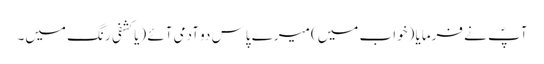
آپؐ نے فرمایا (خواب میں) میرے پاس دو آدمی آئے (یا کشفی رنگ میں۔